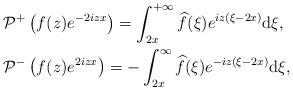
LaTeX: \begin{align*}&\mathcal{P}^+\left(f(z) e^{-2iz x}\right) =\int_{2x}^{+\infty} \widehat{f}(\xi)e^{iz(\xi-2x) }\mathrm{d}\xi,\\&\mathcal{P}^-\left(f(z) e^{2iz x}\right) =-\int^{\infty}_{2x} \widehat{f}(\xi)e^{-iz(\xi-2x ) }\mathrm{d}\xi,\end{align*}